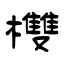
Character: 欆